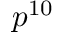
p ^ { 1 0 }